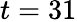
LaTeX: t=31